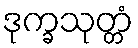
ဒုက္ခသုတ္တံ